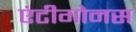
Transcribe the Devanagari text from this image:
एंटीगोनस